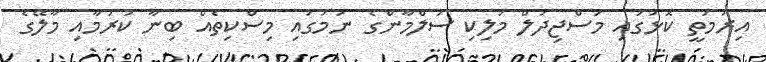
އިރުމަތީ ކޮޅުގައި މަސްޖިދުލް މަލިކި ސަލްމާންގެ ނަމުގައި މިސްކިތެއް ބިނާ ކުރުމާއި މާލޭގެ